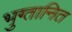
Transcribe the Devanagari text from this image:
भुग्तानित